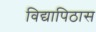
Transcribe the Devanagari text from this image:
विद्यापिठास